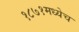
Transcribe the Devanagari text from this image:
१८७१मध्येच